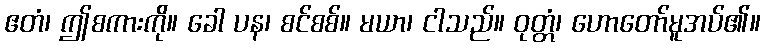
ဧတံ၊ ဤစကားကို။ ခေါ ပန၊ စင်စစ်။ မယာ၊ ငါသည်။ ဝုတ္တံ၊ ဟောတော်မူအပ်၏။